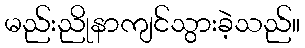
မည်းညိုနာကျင်သွားခဲ့သည်။